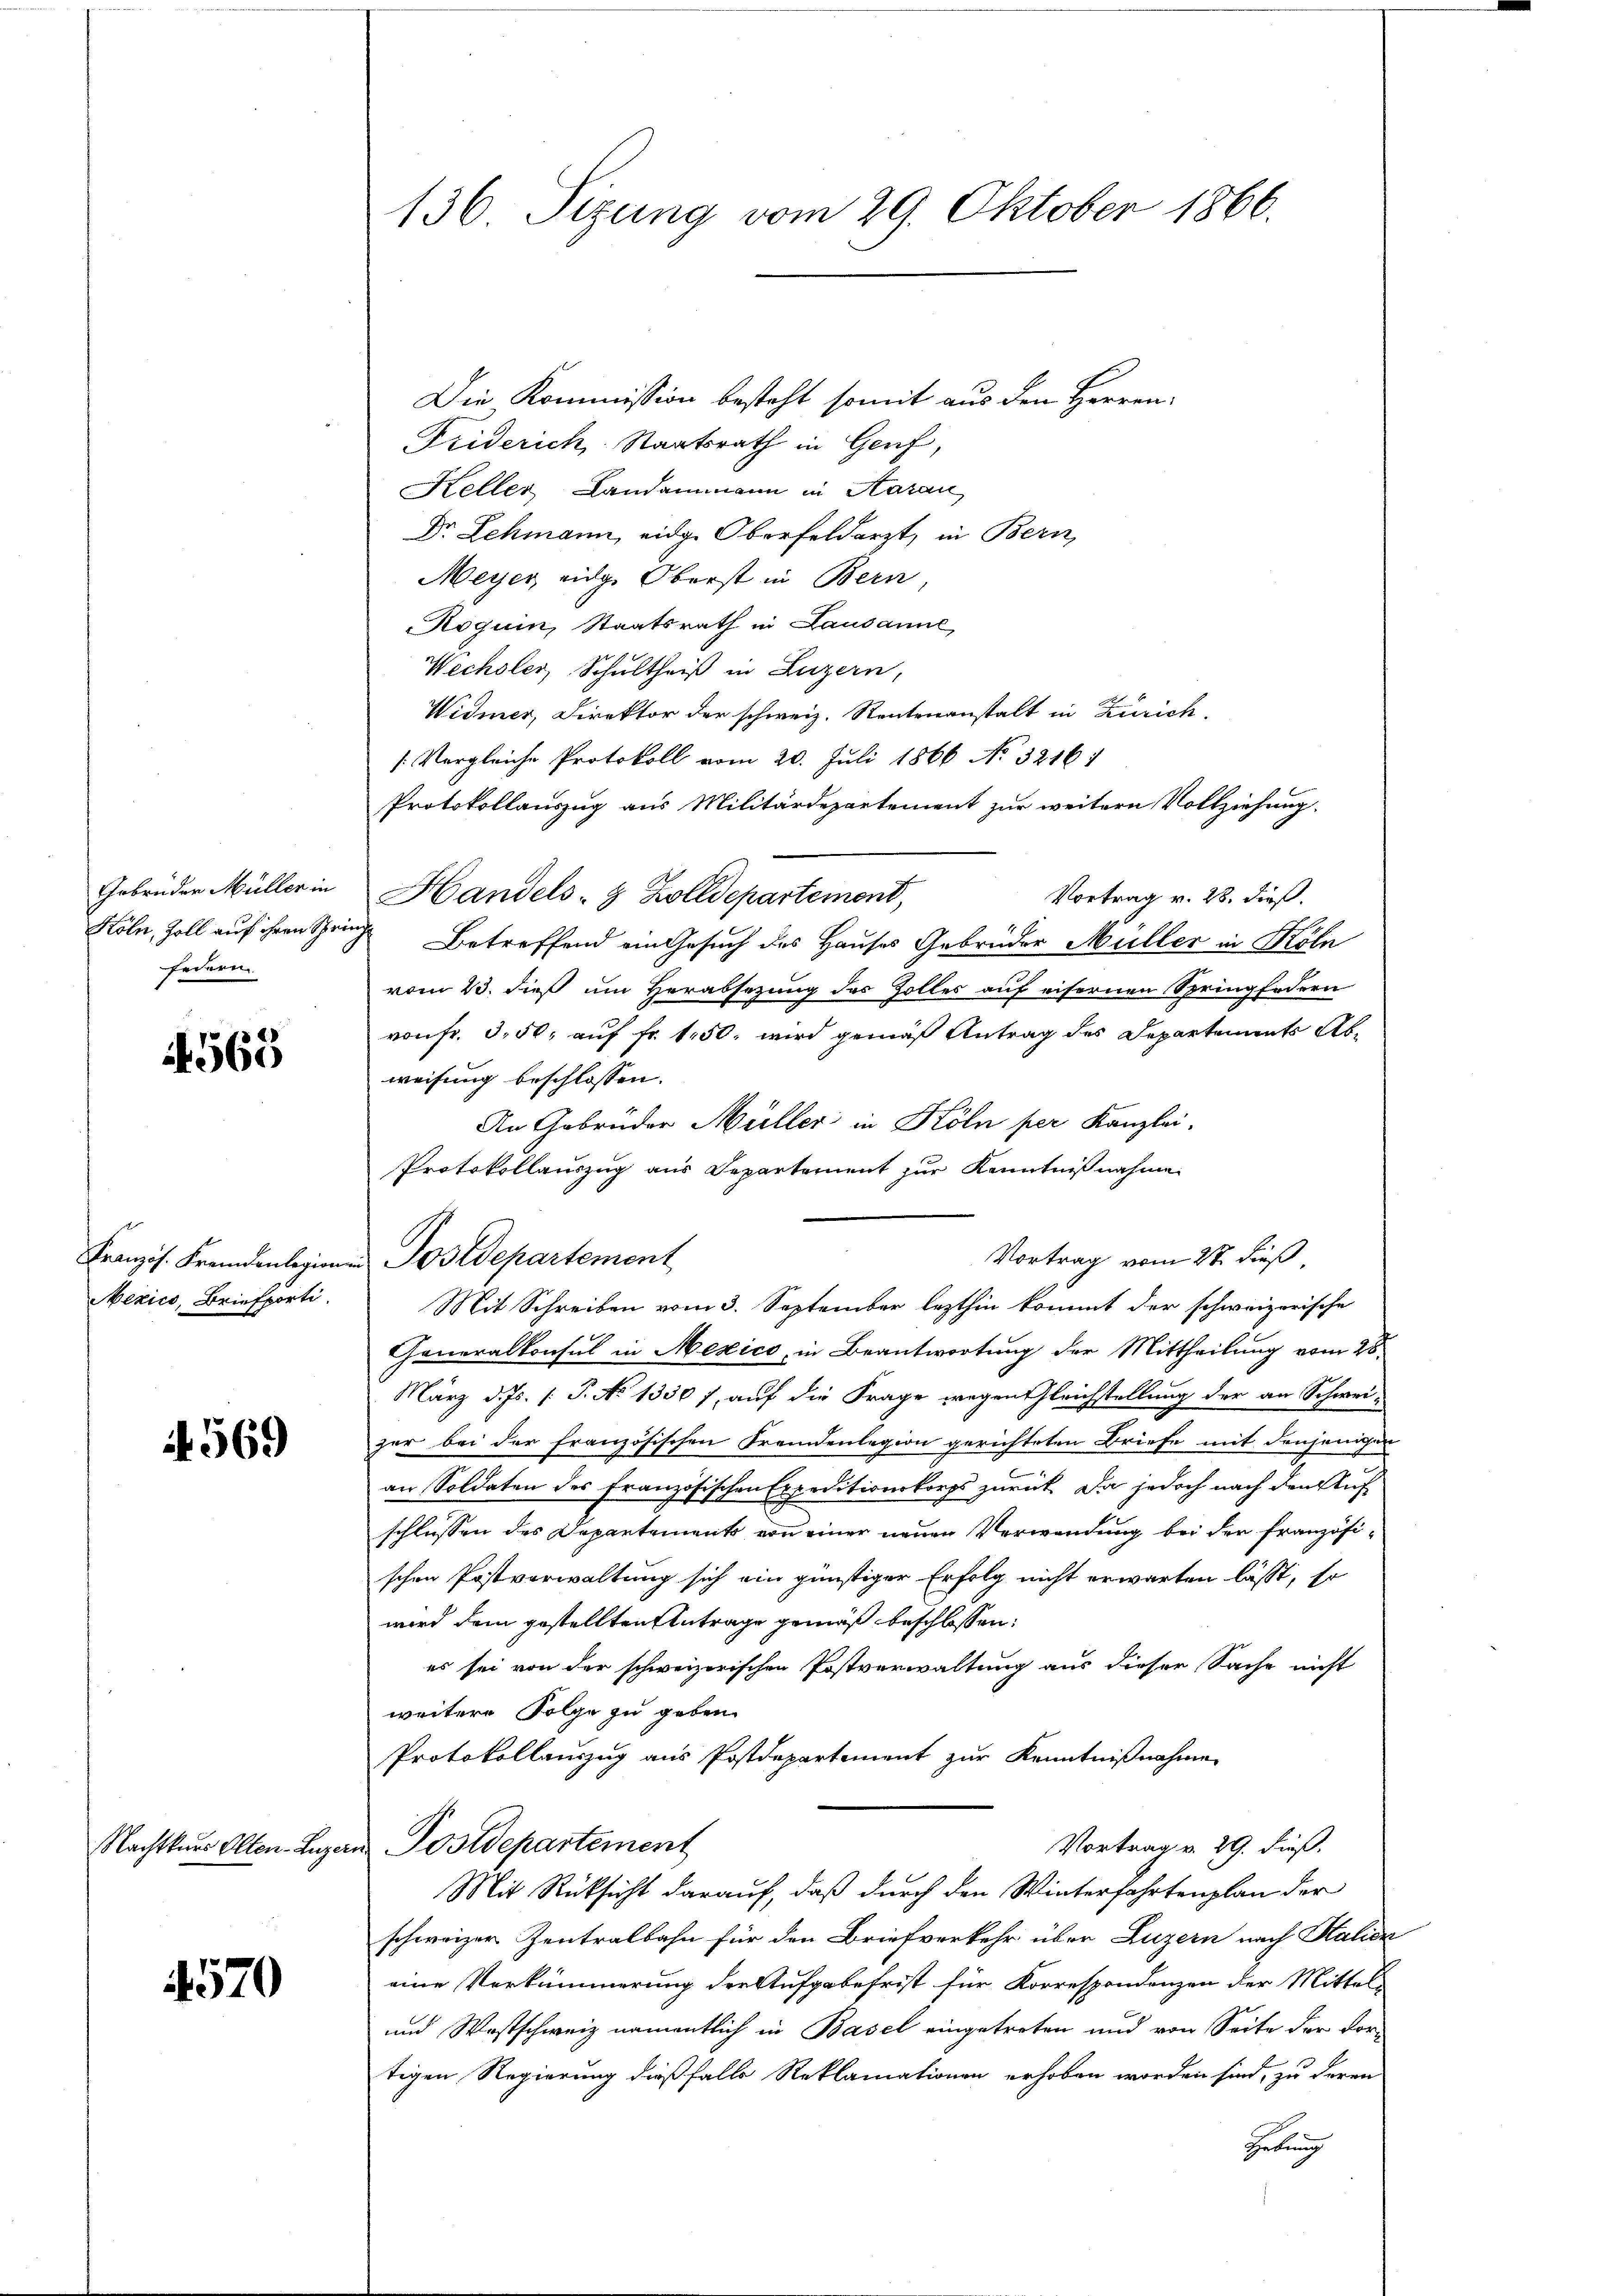
Gebrüder Müller in
Köln, Zoll auf ihren Spr
federn.

563

Mexico, Briefporti

569

Nachtkurs Olten Luze

4570

136 Sizung vom 29. Oktober 1866.

Die Kommission besteht somit aus den Herren
Friderich Staatsrath in Genf,
Keller Landammann in Aarau
Dr. Schmann, eidge Oberfeldarzt, in Bern,
Meyer eidg. Oberst in Bern
Roguin, Staatsrath in Lausanne
Wechsler, Schultheiß in Luzern,
Widmer, Direktor der schweiz. Rentenanstalt in Zürich.
[Vergleiche Protokoll vom 20. Juli 1866 No 3216:
Protokollauszug aus Militärdepartement zur weitern Vollziehung,
Handels- & Zolldepartemont,
Vortrag v. 28. dieß.
 Betreffend ein Gesuch des Hauses Gebrüder Müller in Köln
vom 23. dieß um Herabsezung des Zolles auf eifernen Springfedern
von fr. 3,50, auf fr. 150. wird gemäß Antrag des Departements Abweisung beschlossen:
An Gebrüder Müller in Köln per Kanzlei.
Protokollauszug aus Departement zur Kenntnißnahme
Vortrag vom 27. dieß
Französ. Fremdenlegionen Postdepartement
Mit Schreiben vom 3. September lezthin kommt der schweizerische
Generalkonsul in Mexico, in Beantwortung der Mittheilung vom 28.
März d. Js. [: P. No 13307, auf die Frage wegen Gleichstellung der an Schwei-
zer bei der französischen Fremdenlegion gerichteten Briefe mit denjenigen
an Soldaten des Französischen Expeditionskorps zurück. Da jedoch nach den Auf
schlüssen des Departements von einer neuen Verwendung bei der französischen Postverwaltung sich ein günstiger Erfolg nicht erwarten lässt, so
wird dem gestellten Antrage gemäß beschlossen:
es sei von der schweizerischen Postverwaltung aus dieser Sache nicht
weitere Folge zu geben.
Protokollauszug aus Postdepartiment zur Kenntnißnahme
an Postdepartement
Vortrag v. 29. dieß.
Mit Rücksicht darauf, daß durch den Winterfahrtenplan der
schweizer Zentralbahn für den Briefverkehr über Luzern nach Halida
eine Verkümmerung der Aufgabefrist für Korrespondenzen der Mittel-
und Westschweiz namentlich in Basel eingetreten und von Seite der Vor-
tigen Regierung dießfalls Reklamationen erhoben worden sind, zu deren
Hebung